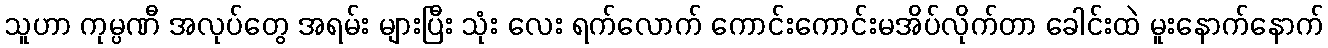
သူဟာ ကုမ္ပဏီ အလုပ်တွေ အရမ်း များပြီး သုံး လေး ရက်လောက် ကောင်းကောင်းမအိပ်လိုက်တာ ခေါင်းထဲ မူးနောက်နောက်